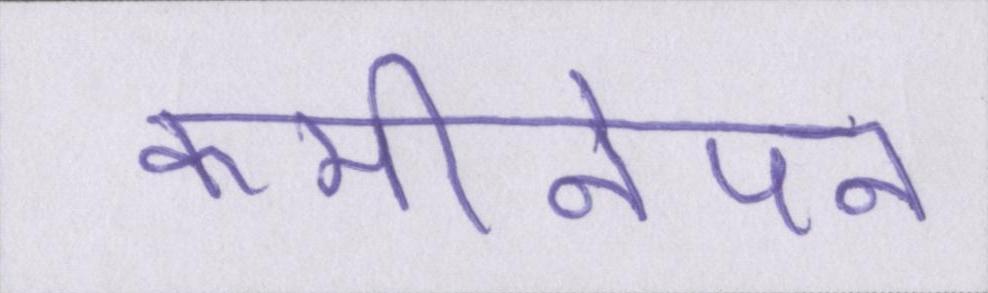
कमीनेपन